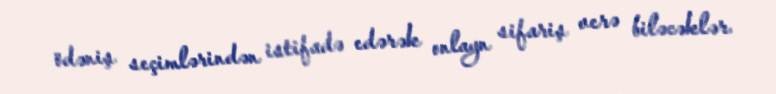
ödəniş seçimlərindən istifadə edərək onlayn sifariş verə biləcəklər.